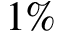
1 \%